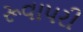
રૂવાપરી